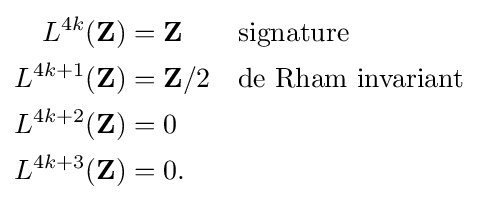
{\begin{aligned}L^{4k}(\mathbf {Z} )&=\mathbf {Z} &&{\text{signature}}\\L^{4k+1}(\mathbf {Z} )&=\mathbf {Z} /2&&{\text{de Rham invariant}}\\L^{4k+2}(\mathbf {Z} )&=0\\L^{4k+3}(\mathbf {Z} )&=0.\end{aligned}}